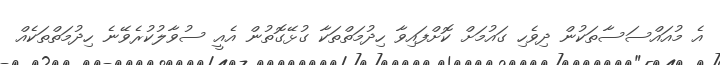
އެ މުއައްސަސާތަކުން ދިވެހި ގައުމަށް ކޮށްފައިވާ ހިދުމަތްތަކާ ގުޅޭގޮތުން އެއީ ސުވާލުކުރެވޭނެ ހިދުމަތްތަކެއް